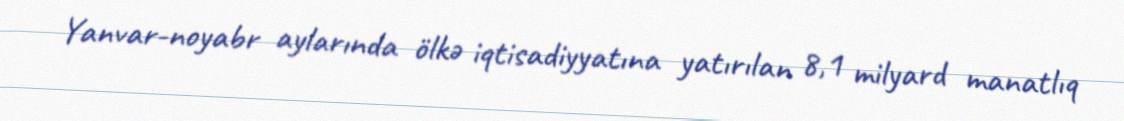
Yanvar-noyabr aylarında ölkə iqtisadiyyatına yatırılan 8,1 milyard manatlıq